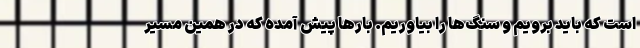
است که باید برویم و سنگ‌ها را بیاوریم. بارها پیش آمده که در همین مسیر